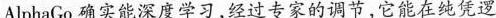
AlphaGo确实能深度学习，经过专家的调节，它能在纯凭逻